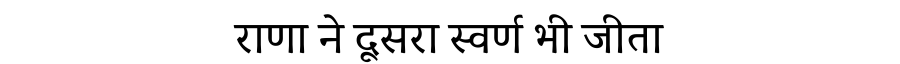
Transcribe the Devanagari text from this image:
राणा ने दूसरा स्वर्ण भी जीता